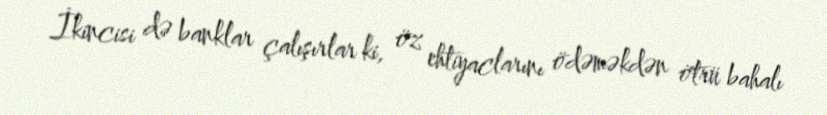
İkincisi də banklar çalışırlar ki, öz ehtiyaclarını ödəməkdən ötrü bahalı